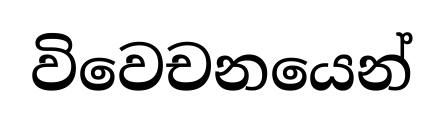
විවෙචනයෙන්